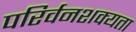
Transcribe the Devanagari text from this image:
परिर्वनशक्यता